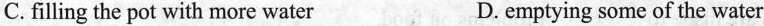
C. filling the pot with more water D. emptying some of the water